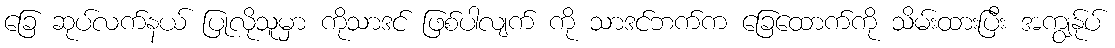
ခြေ ဆုပ်လက်နယ် ပြုလိုသူမှာ ကိုသာဒင် ဖြစ်ပါလျက် ကို သာဒင်ဘက်က ခြေထောက်ကို သိမ်းထားပြီး အကျွန်ုပ်